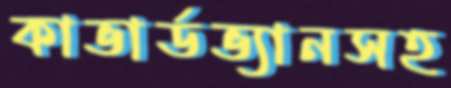
কাভার্ডভ্যানসহ